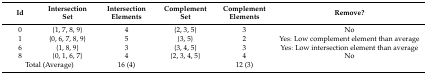
<table><thead><tr><td><b>Id</b></td><td><b>Intersection Set</b></td><td><b>Intersection Elements</b></td><td><b>Complement Set</b></td><td><b>Complement Elements</b></td><td><b>Remove?</b></td></tr></thead><tbody><tr><td>0</td><td>{1, 7, 8, 9}</td><td>4</td><td>{2, 3, 5}</td><td>3</td><td>No</td></tr><tr><td>1</td><td>{0, 6, 7, 8, 9}</td><td>5</td><td>{3, 5}</td><td>2</td><td>Yes: Low complement element than average </td></tr><tr><td>6</td><td>{1, 8, 9}</td><td>3</td><td>{3, 4, 5}</td><td>3</td><td>Yes: Low intersection element than average</td></tr><tr><td>8</td><td>{0, 1, 6, 7}</td><td>4</td><td>{2, 3, 4, 5}</td><td>4</td><td>No</td></tr><tr><td colspan="2">Total (Average)</td><td>16 (4)</td><td></td><td>12 (3)</td><td></td></tr></tbody></table>